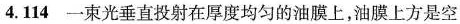
4.114一束光垂直投射在厚度均匀的油膜上，油膜上方是空